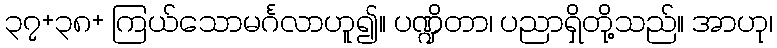
၃၇+၃၈+ ကြယ်သောမင်္ဂလာဟူ၍။ ပဏ္ဍိတာ၊ ပညာရှိတို့သည်။ အာဟု၊